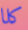
كلا